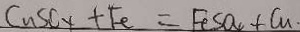
C u S O _ { 4 } + F e = F e S O _ { 4 } + C u .